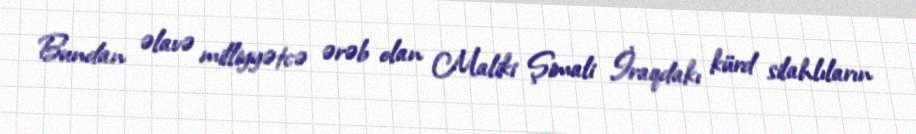
Bundan əlavə milliyyətcə ərəb olan Maliki Şimali İraqdakı kürd silahlıların